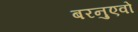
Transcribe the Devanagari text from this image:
बरनुएवो